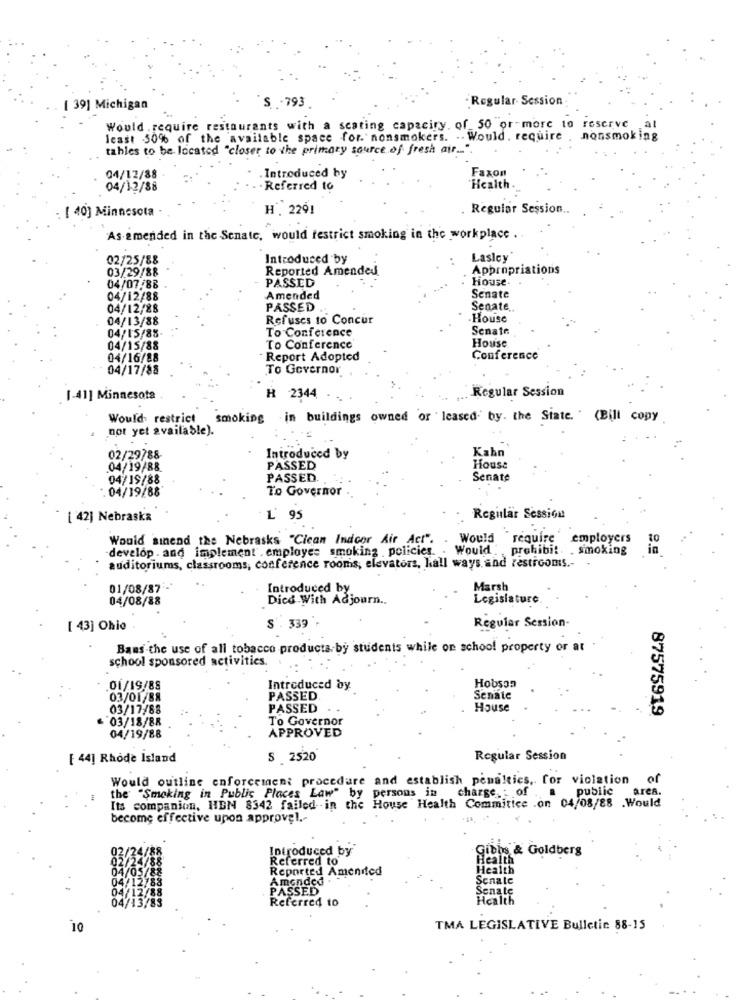
- Regular- Session
[ 39] Michigan
S .793
Would require restaurants with a scating capaciry. of 50 or more to reserve
least 50% of the available space for. nonsmokers. .. Would require
nonsmoking
tables to be located "closer to the primary source of fresh air .. "
Faxon
04/12/88
Introduced by
04/12/88
Referred to
Health
[ 40] Minnesota
H. 2291
. Regular Session ..
As amended in tac Senate, would restrict smoking in the workplace ..
02/25/88
Introduced by
Lasley
03/29/88
Reported Amended
Appropriations
PASSED
House.
04/07/88
04/12/88
Amended
Senate
04/12/28
PASSED
Senate ..
04/13/88
Refuses to Concur
House
To Conference
Senate
04/15/88-
House
04/15/88
To Conference
04/16/88
Report Adopted
Conference
04/17/88
To Governor
Regular Session
1-41] Minnesota
H 2344
Would restrict
smoking in buildings owned or leased. by. the State. " (Bill copy
not yet available).
Kahn
02/29788-
Introduced by
04/19/88
PASSED
House
04/19/88
PASSED
Senate
To Governor
04/19/88
[ 42] Nebraska
L' 95
Regular Session
Would sinend the Nebrasks "Clean Indoor Air Act".
Would require ' employers
to
develop . and implement . employee smoking ,policies. . Would : , prohibit . smoking
in
auditoriums, classrooms, conference rooms, elevators, hall ways and restrooms .-
-
01/08/87
Introduced by
Marsh
04/08/88
Dies With Adjourn ..
Legislature
[ 43] Ohio
S'. 339
Regular Session-
Bans the use of all tobacco products.by students while on school property or at
school sponsored activities.
Hobson
.01/19/88
Introduced by
03/01/88
PASSED
Senate
03/17/88
PASSED
House
87575919
03/18/88
To Governor
04/19/88
APPROVED
[ 44] Rhode Island
S 2520
Regular Session
Would outline enforcement procedure and establish penalties, for violation o
the "Smoking in Public Places Law" by persons in
charge. of
public area.
Its companion, HEN 8342 failed. in the House Health Commitice .on 04/08/88 .Would
become effective upon approvel .-
Introduced by
Gibhs & Goldberg
Referred to
Health
Reported Amended
Health
Amended .
Scnale
PASSED
Senate
Referred to
Health
10
TMA LEGISLATIVE Bulletic 88-15